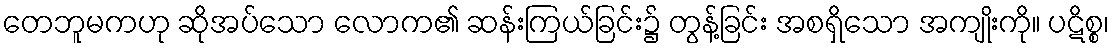
တေဘူမကဟု ဆိုအပ်သော လောက၏ ဆန်းကြယ်ခြင်း၌ တွန့်ခြင်း အစရှိသော အကျိုးကို။ ပဋိစ္စ၊